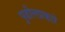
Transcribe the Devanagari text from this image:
पुढीलप्रकारे